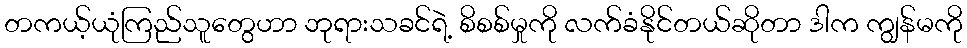
တကယ့်ယုံကြည်သူတွေဟာ ဘုရားသခင်ရဲ့ စိစစ်မှုကို လက်ခံနိုင်တယ်ဆိုတာ ဒါက ကျွန်မကို